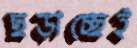
ছড়াচ্ছেই